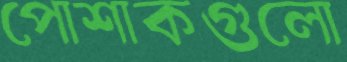
পোশাকগুলো